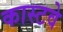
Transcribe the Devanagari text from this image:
कास्टवे